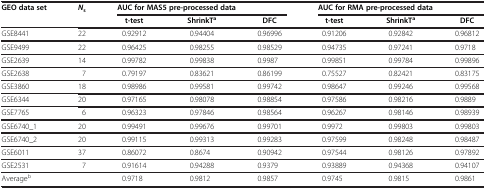
<table><thead><tr><td><b>GEO data set</b></td><td><b><i>N</i><sub>s</sub></b></td><td colspan="3"><b>AUC for MAS5 pre-processed data</b></td><td colspan="3"><b>AUC for RMA pre-processed data</b></td></tr><tr><td><b> </b></td><td><b> </b></td><td><b>t-test</b></td><td><b>ShrinkT<sup>a</sup></b></td><td><b>DFC</b></td><td><b>t-test</b></td><td><b>ShrinkT<sup>a</sup></b></td><td><b>DFC</b></td></tr></thead><tbody><tr><td>GSE8441</td><td>22</td><td>0.92912</td><td>0.94404</td><td>0.96996</td><td>0.91206</td><td>0.92842</td><td>0.96812</td></tr><tr><td>GSE9499</td><td>22</td><td>0.96425</td><td>0.98255</td><td>0.98529</td><td>0.94735</td><td>0.97241</td><td>0.9718</td></tr><tr><td>GSE2639</td><td>14</td><td>0.99782</td><td>0.99838</td><td>0.9987</td><td>0.99851</td><td>0.99784</td><td>0.99896</td></tr><tr><td>GSE2638</td><td>7</td><td>0.79197</td><td>0.83621</td><td>0.86199</td><td>0.75527</td><td>0.82421</td><td>0.83175</td></tr><tr><td>GSE3860</td><td>18</td><td>0.98986</td><td>0.99581</td><td>0.99742</td><td>0.98647</td><td>0.99246</td><td>0.99568</td></tr><tr><td>GSE6344</td><td>20</td><td>0.97165</td><td>0.98078</td><td>0.98854</td><td>0.97586</td><td>0.98216</td><td>0.9889</td></tr><tr><td>GSE7765</td><td>6</td><td>0.96323</td><td>0.97846</td><td>0.98564</td><td>0.96267</td><td>0.98146</td><td>0.98939</td></tr><tr><td>GSE6740_1</td><td>20</td><td>0.99491</td><td>0.99676</td><td>0.99701</td><td>0.9972</td><td>0.99803</td><td>0.99803</td></tr><tr><td>GSE6740_2</td><td>20</td><td>0.99115</td><td>0.99313</td><td>0.99283</td><td>0.97599</td><td>0.98248</td><td>0.98487</td></tr><tr><td>GSE6011</td><td>37</td><td>0.86072</td><td>0.8674</td><td>0.90942</td><td>0.97544</td><td>0.98126</td><td>0.97892</td></tr><tr><td>GSE2531</td><td>7</td><td>0.91614</td><td>0.94288</td><td>0.9379</td><td>0.93889</td><td>0.94368</td><td>0.94107</td></tr><tr><td>Average<sup>b</sup></td><td> </td><td>0.9718</td><td>0.9812</td><td>0.9857</td><td>0.9745</td><td>0.9815</td><td>0.9861</td></tr></tbody></table>